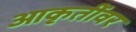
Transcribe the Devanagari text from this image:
आकृतींवर